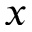
\boldsymbol { x }